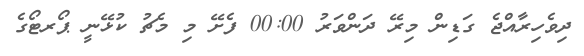
ދިވެހިރާއްޖެ ގަޑިން މިރޭ ދަންވަރު 00:00 ފެށޭ މި މެޗު ކުޅޭނީ ޕޯރޓޯގެ